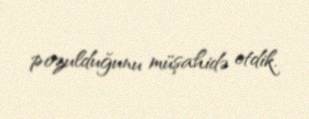
pozulduğunu müşahidə etdik.